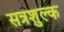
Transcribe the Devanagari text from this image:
सत्रशुल्क